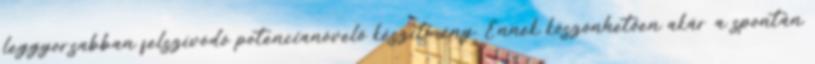
leggyorsabban felszívódó potencianövelő készítmény. Ennek köszönhetően akár a spontán